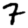
Digit: 7